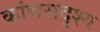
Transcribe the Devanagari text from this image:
कांचसदृश्य